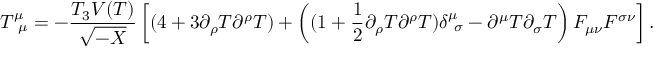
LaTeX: T _ { ~ \mu } ^ { \mu } = - \frac { T _ { 3 } V ( T ) } { \sqrt { - X } } \left[ ( 4 + 3 \partial _ { \rho } T \partial ^ { \rho } T ) + \left( ( 1 + \frac 1 2 \partial _ { \rho } T \partial ^ { \rho } T ) \delta _ { ~ \sigma } ^ { \mu } - \partial ^ { \mu } T \partial _ { \sigma } T \right) F _ { \mu \nu } F ^ { \sigma \nu } \right] .